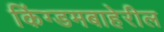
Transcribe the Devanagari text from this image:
किंग्डमबाहेरील